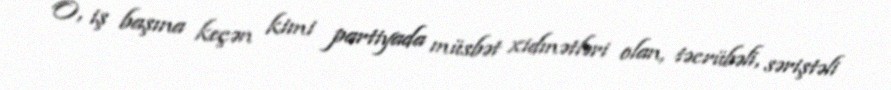
O, iş başına keçən kimi partiyada müsbət xidmətləri olan, təcrübəli, səriştəli